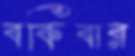
বকিবার